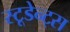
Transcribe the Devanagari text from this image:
स्टूडेन्ट्स